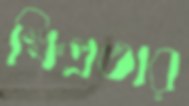
ক্ষিপ্রতার